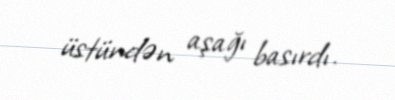
üstündən aşağı basırdı.